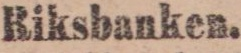
Riksbanken.